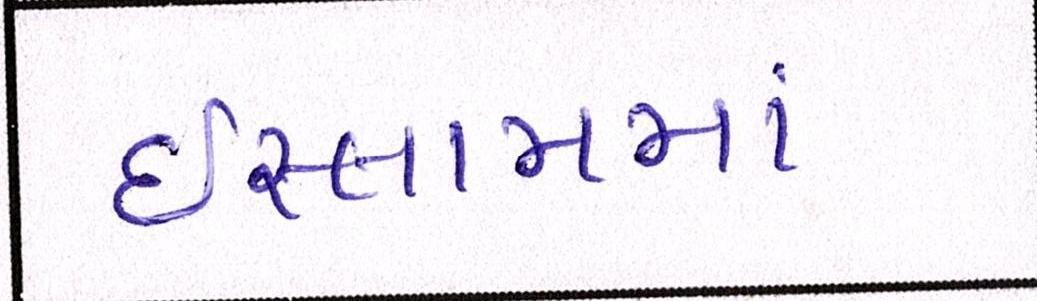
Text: ઇસ્લામમાં